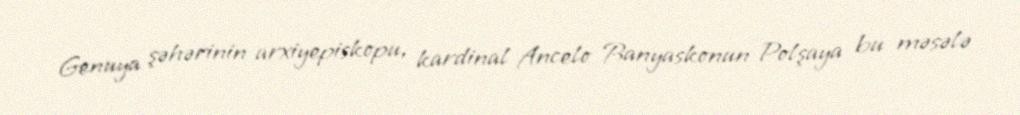
Genuya şəhərinin arxiyepiskopu, kardinal Ancelo Banyaskonun Polşaya bu məsələ